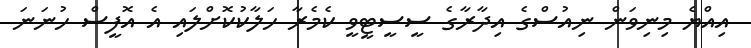
އިއްޔެ މިނިވަން ނިއުސްގެ އިދާރާގެ ސީސީޓީވީ ކެމެރާ ހަލާކުކޮށްލައި އެ އޮފީސް ހުނަނަ